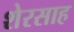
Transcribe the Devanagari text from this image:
शेरसाह